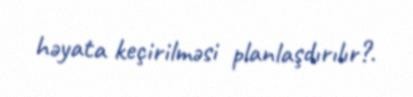
həyata keçirilməsi planlaşdırılır?.